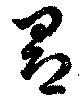
昂